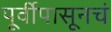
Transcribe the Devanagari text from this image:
पूर्वीपासूनचं